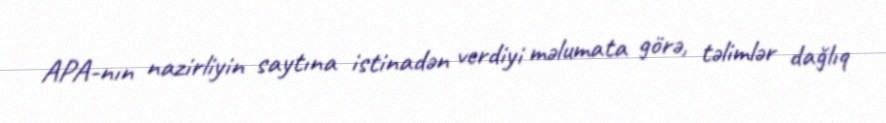
APA-nın nazirliyin saytına istinadən verdiyi məlumata görə, təlimlər dağlıq